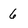
Character: 6